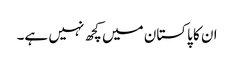
ان کا پاکستان میں کچھ نہیں ہے۔